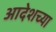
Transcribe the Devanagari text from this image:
आदेशच्या